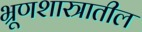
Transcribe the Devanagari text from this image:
भ्रूणशास्त्रातील